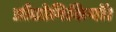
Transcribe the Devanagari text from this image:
प्रौद्योगिकियों।